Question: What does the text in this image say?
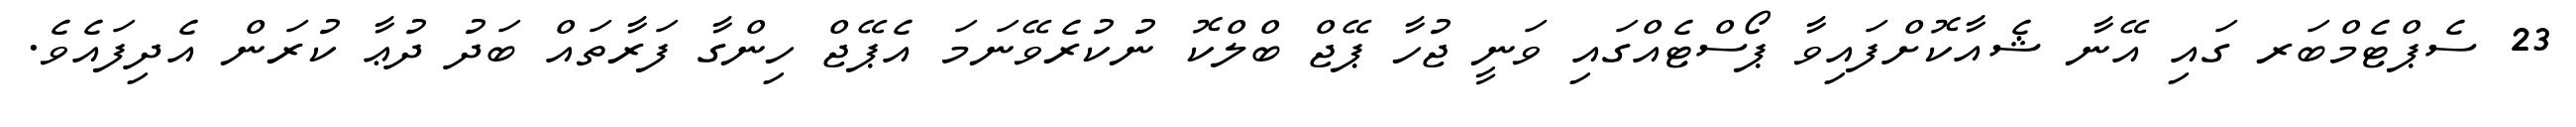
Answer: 23 ސެޕްޓެމްބަރ ގައި އޭނާ ޝެއާކޮށްފައިވާ ޕޯސްޓެއްގައި ވަނީ ޖުހާ ޕޭޖް ބްލްކޮ ނުކުރެވޭނަމަ އެޕޭޖް ހިންގާ ފަރާތައް ބަދު ދުޢާ ކުރަން އެދިފައެވެ.